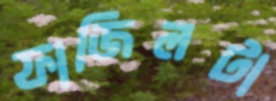
ফাজিলটা